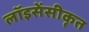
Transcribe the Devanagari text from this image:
लॉइसेंसीकृत